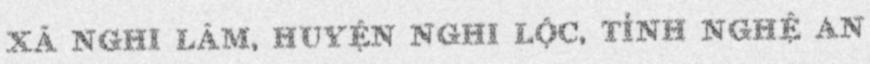
Xã Nghi Lâm, Huyện Nghi Lộc, Tỉnh Nghệ An